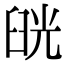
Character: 𦥰